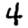
Digit: 4